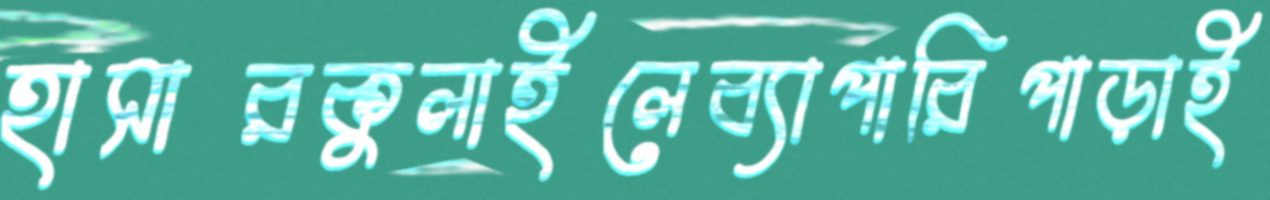
হাসারকুলাইলেব্যাপারিপাড়াই